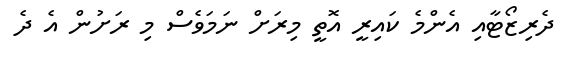
ދެރިޒޯޓާއި އެންމެ ކައިރީ އޮތީ މިރަށް ނަމަވެސް މި ރަށުން އެ ދެ